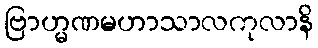
ဗြာဟ္မဏမဟာသာလကုလာနိ